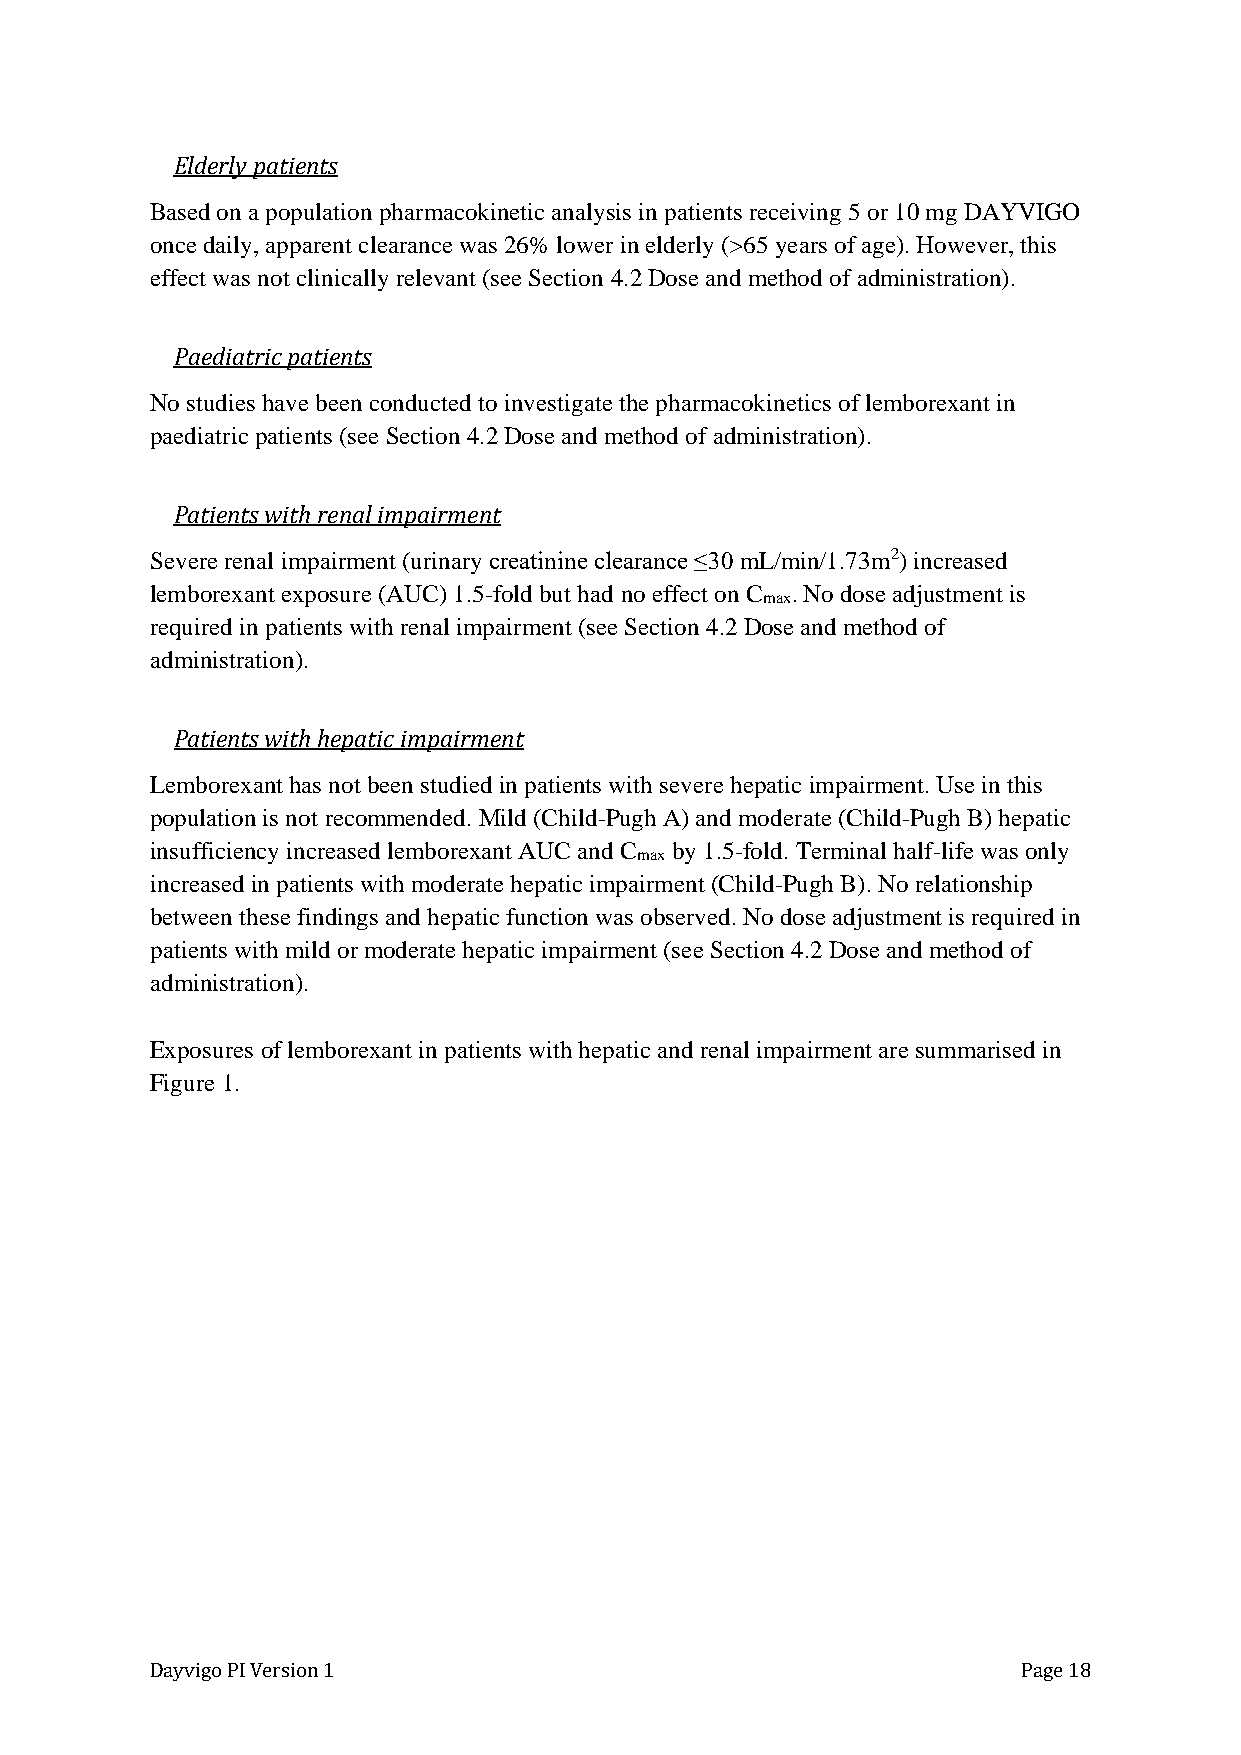
Elderly patients
 Based on a population pharmacokinetic analysis in patients receiving 5 or 10 mg DAYVIGO
 once daily, apparent clearance was 26% lower in elderly (>65 years of age). However, this
 effect was not clinically relevant (see Section 4.2 Dose and method of administration).
 Paediatric patients
 No studies have been conducted to investigate the pharmacokinetics of lemborexant in
 paediatric patients (see Section 4.2 Dose and method of administration).
 Patients with renal impairment
 Severe renal impairment (urinary creatinine clearance ≤30 mL/min/1.73m2) increased
 lemborexant exposure (AUC) 1.5-fold but had no effect on C . No dose adjustment is
 max
 required in patients with renal impairment (see Section 4.2 Dose and method of
 administration).
 Patients with hepatic impairment
 Lemborexant has not been studied in patients with severe hepatic impairment. Use in this
 population is not recommended. Mild (Child-Pugh A) and moderate (Child-Pugh B) hepatic
 insufficiency increased lemborexant AUC and C by 1.5-fold. Terminal half-life was only
 max
 increased in patients with moderate hepatic impairment (Child-Pugh B). No relationship
 between these findings and hepatic function was observed. No dose adjustment is required in
 patients with mild or moderate hepatic impairment (see Section 4.2 Dose and method of
 administration).
 Exposures of lemborexant in patients with hepatic and renal impairment are summarised in
 Figure 1.
 Dayvigo PI Version 1                                      Page 18